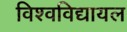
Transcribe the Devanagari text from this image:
विश्‍वविद्यायल